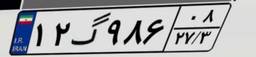
۵۲گ۵۲۷۳۱